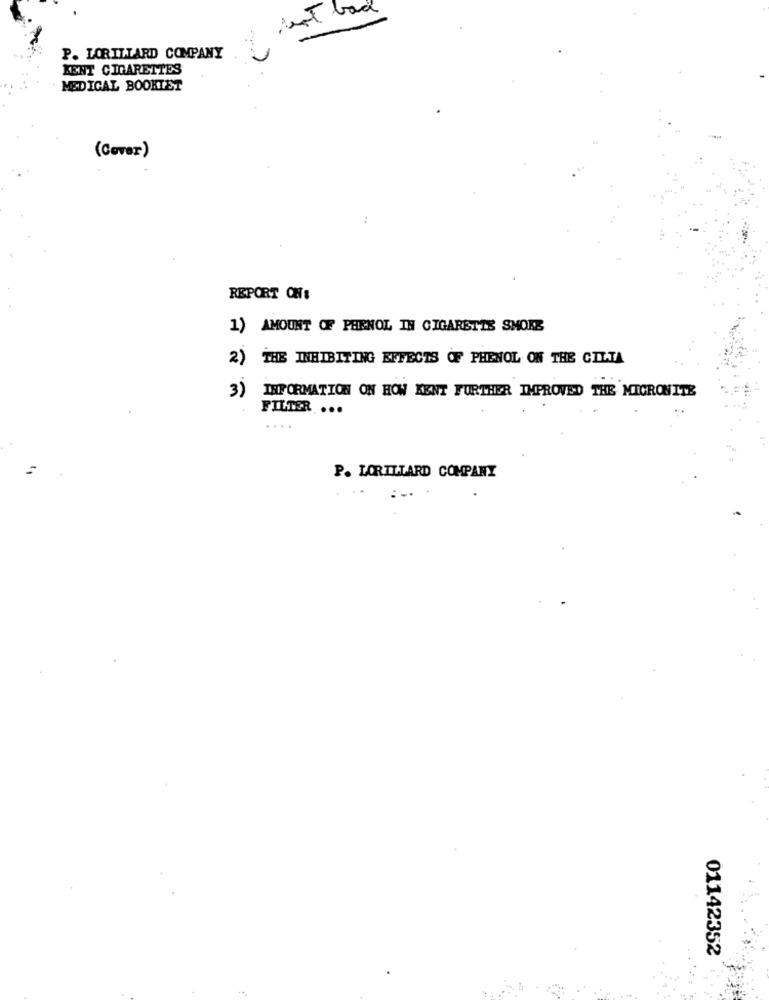
Anot bad
P. LORILLARD COMPANY
KENT CIGARETTES
MEDICAL BOOKLET
(Cover)
REPORT ON:
1) AMOUNT OF PHENOL IN CIGARETTE SMOKE
2) THE INHIBITING EFFECTS OF PHENOL ON THE CILTA
3) INFORMATION ON HOW KENT FURTHER IMPROVED THE MICRONITE
FILTER ...
P. LORILLARD COMPANY
01142352